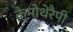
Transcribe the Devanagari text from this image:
कैमोथेरैपी